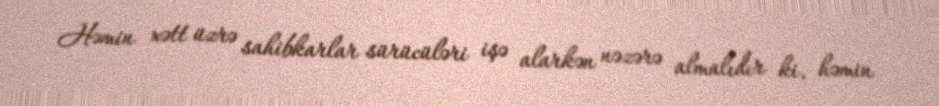
Həmin xətt üzrə sahibkarlar sürücüləri işə alarkən nəzərə almalıdır ki, həmin